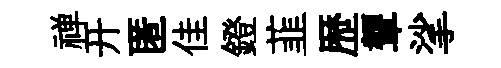
禅开匿佳鐙韮歴顰挲